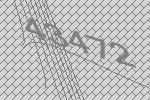
43472